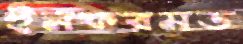
ইনফরমড